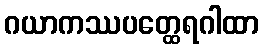
ဂယာကဿပတ္ထေရဂါထာ